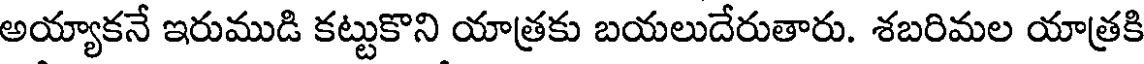
అయ్యాకనే ఇరుముడి కట్టుకొని యాత్రకు బయలుదేరుతారు. శబరిమల యాత్రకి